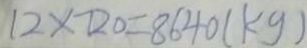
1 2 \times 7 2 0 = 8 6 4 0 ( k g )